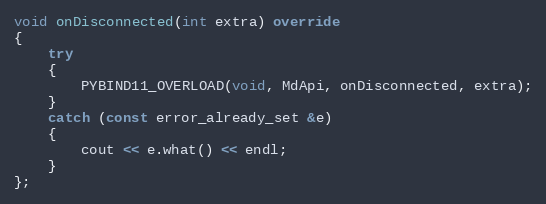
Language: C++
void onDisconnected(int extra) override
{
	try
	{
		PYBIND11_OVERLOAD(void, MdApi, onDisconnected, extra);
	}
	catch (const error_already_set &e)
	{
		cout << e.what() << endl;
	}
};